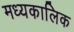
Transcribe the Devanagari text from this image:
मध्यकालिक